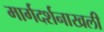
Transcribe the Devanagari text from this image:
मार्गदर्शनाखली